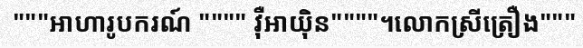
"""អាហារូបករណ៍ """" វ៉ឺអាយ៉ិន""""។លោកស្រីត្រឿង"""